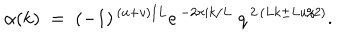
LaTeX: \alpha ( k ) \; = \; ( - 1 ) ^ { \, ( u + v ) / L } e ^ { \, - 2 \pi i k / L } \; q ^ { \, 2 \, ( L k \pm L u / 2 ) } .